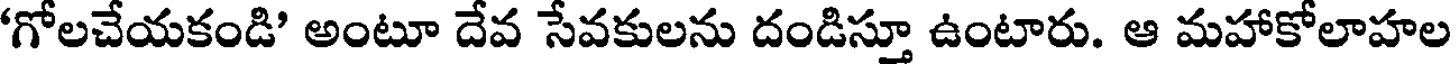
గోలచేయకండి' అంటూ దేవ సేవకులను దండిస్తూ ఉంటారు. ఆ మహాకోలాహల